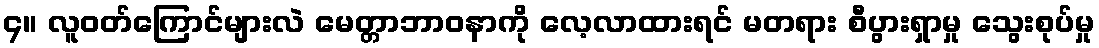
၄။ လူဝတ်ကြောင်များလဲ မေတ္တာဘာဝနာကို လေ့လာထားရင် မတရား စီပွားရှာမှု သွေးစုပ်မှု